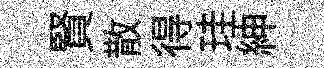
賢散得珪紳